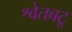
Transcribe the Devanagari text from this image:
श्वेतबटू